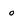
Character: o